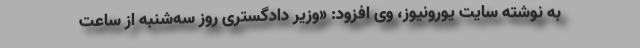
به نوشته سایت یورونیوز، وی افزود: «وزیر دادگستری روز سه‌شنبه از ساعت